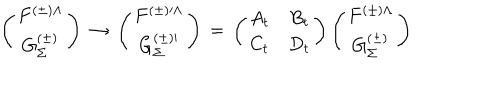
\left( \begin{matrix} { { F ^ { ( \pm ) \Lambda } } } \\ { { G _ { \Sigma } ^ { ( \pm ) } } } \\ \end{matrix} \right) \, \rightarrow \, \left( \begin{matrix} { { F ^ { ( \pm ) \prime \Lambda } } } \\ { { G _ { \Sigma } ^ { ( \pm ) \prime } } } \\ \end{matrix} \right) \, = \, \left( \begin{matrix} { { A _ { t } } } & { { B _ { t } } } \\ { { C _ { t } } } & { { D _ { t } } } \\ \end{matrix} \right) \left( \begin{matrix} { { F ^ { ( \pm ) \Lambda } } } \\ { { G _ { \Sigma } ^ { ( \pm ) } } } \\ \end{matrix} \right)